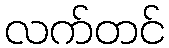
လက်တင်